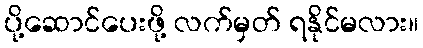
ပို့ဆောင်ပေးဖို့ လက်မှတ် ရနိုင်မလား။